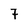
Character: 7